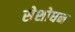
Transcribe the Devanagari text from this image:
सेशोधन